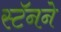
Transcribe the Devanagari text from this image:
स्टॅनने